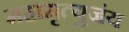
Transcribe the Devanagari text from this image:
महामृत्युजंय